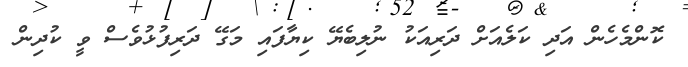
ކޮންމެހެން އަދި ކަލެއަށް ދަރިއަކު ނުލިބެޔޭ ކިޔާފައި މަގޭ ދަރިފުޅުވެސް ވީ ކުދިން